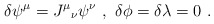
\begin{align*}\delta \psi^{\mu} = J^{\mu}{}_{\nu} \psi^{\nu} \ , \ \delta \phi = \delta \lambda = 0\ . \end{align*}